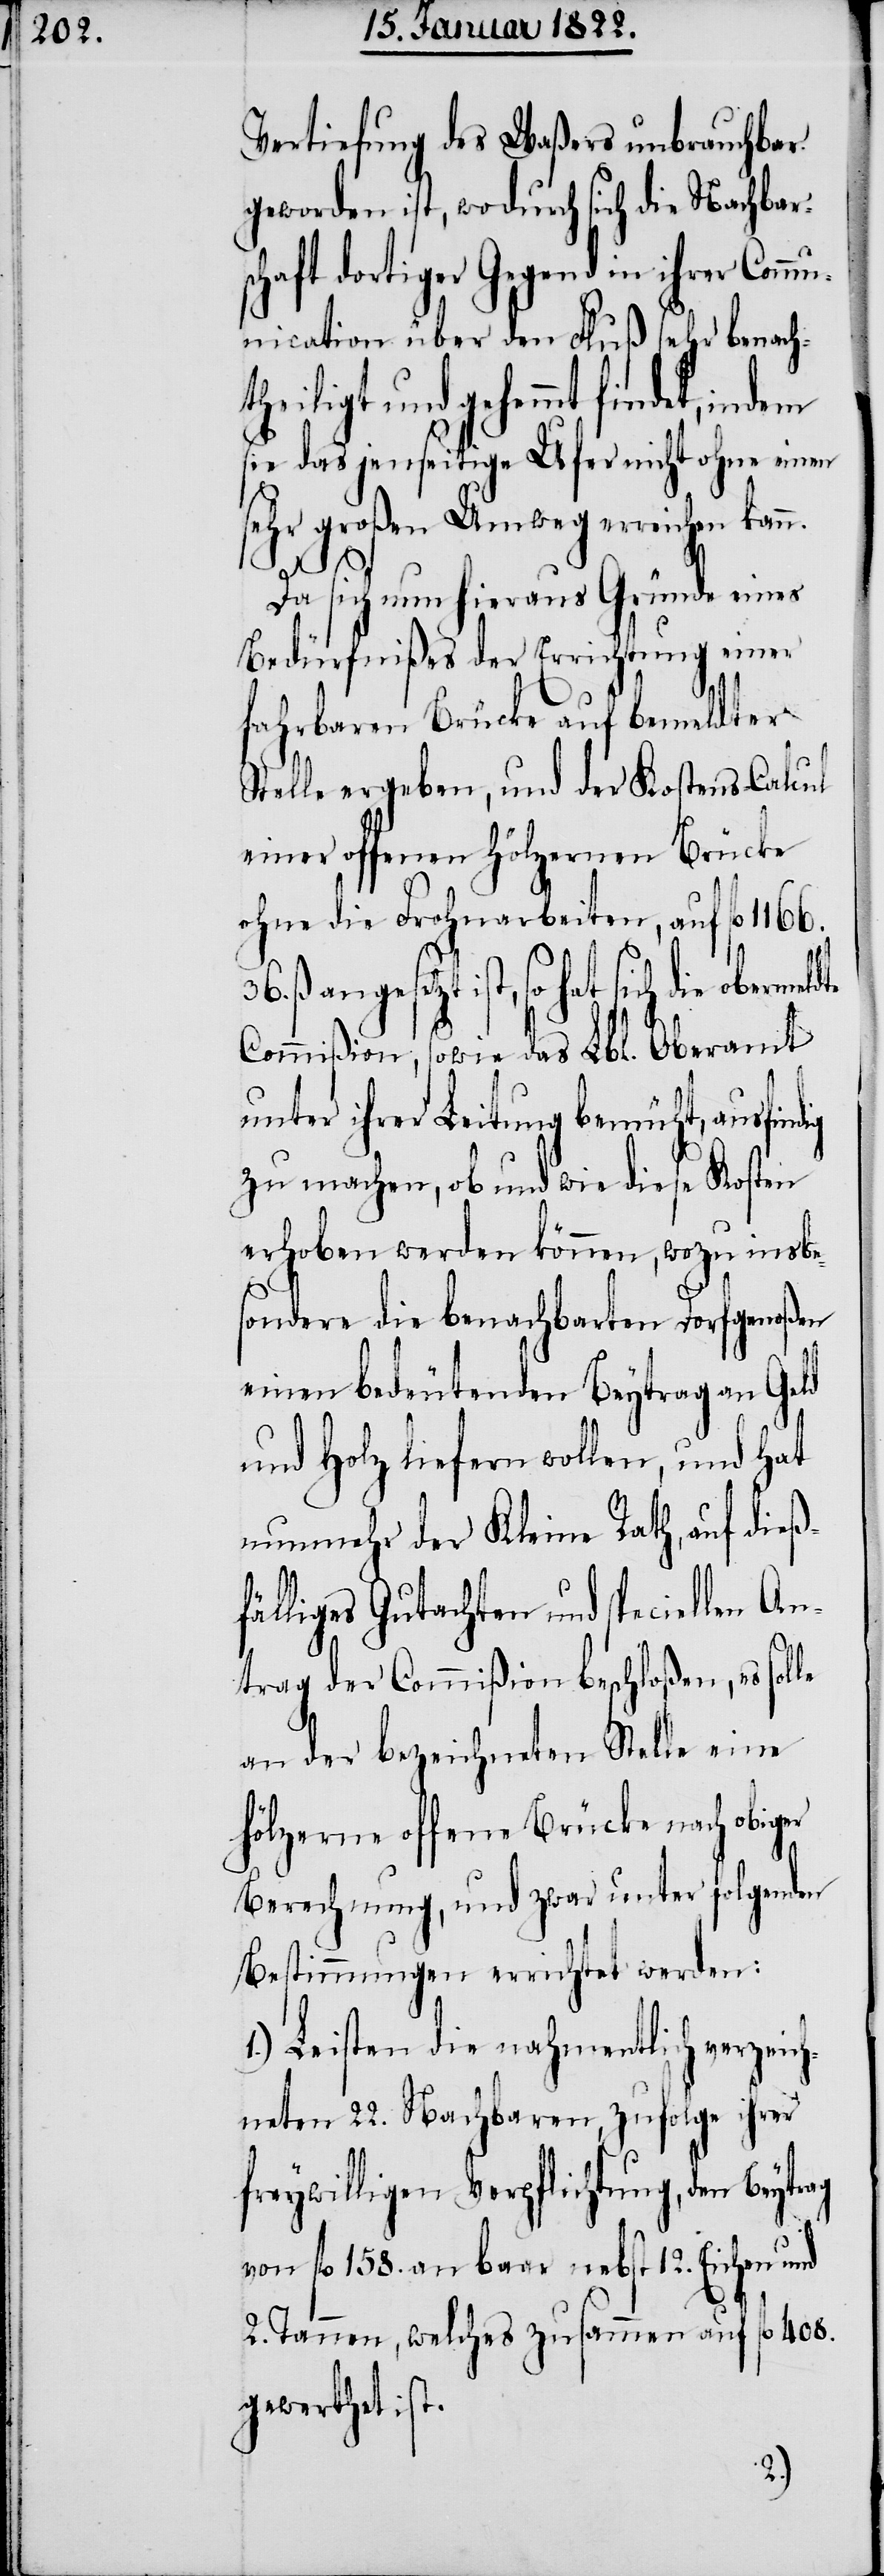
Vertiefung des Waßers unbrauchbar
geworden ist, wodurch sich die Nachbar¬
haft dortiger Gegend in ihrer Com¬
munication über den Fluß sehr benach¬
heiligt und gehemmt findet,
sie das jenseitige Ufer nicht ohne einen
sehr großen Umweg erreichen kan¬
Da sich nun hieraus Gründe eines
Bedürfnißes der Errichtung einer
fahrbaren Brücke auf bemeldter
Stelle ergeben, und der Kostens-Calcul
einer offenen hölzernen Brücke
ohne die Frohnarbeiten, auf fl.
so hat sich die obermeldte
Commißion, sowie das Lbl. Oberamt
unter ihrer Leitung bemüht, ausfin¬
zu machen, ob und wie diese Kosten
erhoben werden können, wozu insbe¬
sondere die benachbarten Dorfgenoßen
t¬
einen bedeutenden Beytrag an Geld
und Holz liefern wollen, und hat
nunmehr der Kleine Rath, auf dießf¬
älliges Gutachten und speciellen An¬
trag der Commißion beschloßen, es sol¬
an der bezeichneten Stelle eine
hölzerne offene Brücke nach obiger
Berechnung, und zwar unter folgenden
Bestimmungen errichtet werden:
1.) Leisten die nahmentlich verzeich¬
neten 22. Nachbaren, zufolge ihrer
freywilligen Verpflichtung, den Beytrag
von fl. 158. an baar nebst 12. Eichen und
2. Tannen, welches zusammen auf fl. 408.
gewerthet ist.
le